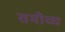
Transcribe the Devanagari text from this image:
समौच्च